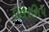
ડીલરશિપ